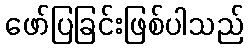
ဖော်ပြခြင်းဖြစ်ပါသည်